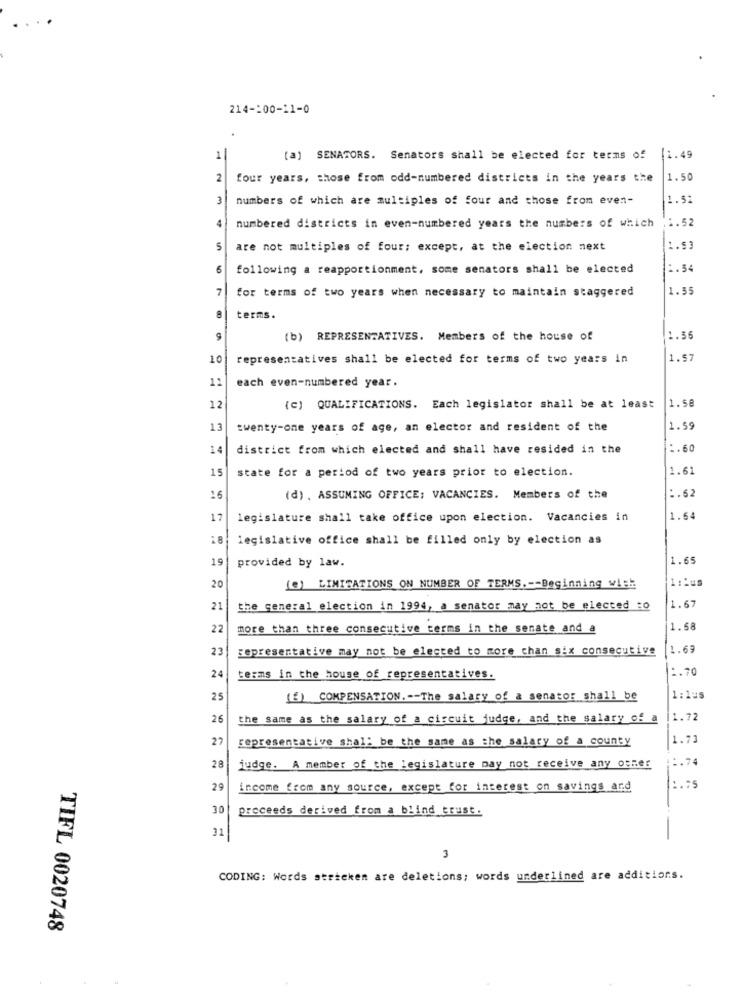
214-200-11-0
1
[a] SENATORS. Senators shall be elected for terms of
11.49
2
four years, those from odd-numbered districts in the years the
1.50
3
numbers of which are multiples of four and those from even-
1.51
4
11.52
numbered districts in even-numbered years the numbers of which
are not multiples of four; except, at the election next
1.53
6
following a reapportionment, some senators shall be elected
1.54
7
for terms of two years when necessary to maintain staggered
1.55
8
terms.
(b) REPRESENTATIVES. Members of the house of
1.56
10
representatives shall be elected for terms of two years in
1.57
each even-numbered year.
11
12
(c) QUALIFICATIONS. Each legislator shall be at least
1.58
13
twenty-one years of age, an elector and resident of the
1.59
14
district from which elected and shall have resided in the
1.60
15
state for a period of two years prior to election.
1.61
1.62
16
(d) . ASSUMING OFFICE; VACANCIES. Members of the
17
legislature shall take office upon election. Vacancies in
1.64
legislative office shall be filled only by election as
19
provided by law.
1.65
20
(e) LIMITATIONS ON NUMBER OF TERMS .-- Beginning wish
1:1us
21
the general election in 1994, a senator may not be elected :0
1.67
22
more than three consecutive terms in the senate and a
1.58
23
representative may not be elected to more chan six consecutive
11.69
1.70
24
terms in the house of representatives.
25
(f) COMPENSATION. -- The salary of a senator shall be
1:1us
26
the same as the salary of a circuit judge, and the salary of a
1.72
27
representative shall be the same as the salary of a county
1.73
.. 74
28
judge. A member of the legislature may not receive any ogner
29
income from any source, except for interest on savings and
1.75
30
proceeds derived from a blind trust.
31
3
CODING: Words stricken are deletions; words underlined are additions.
TIFL 0020748